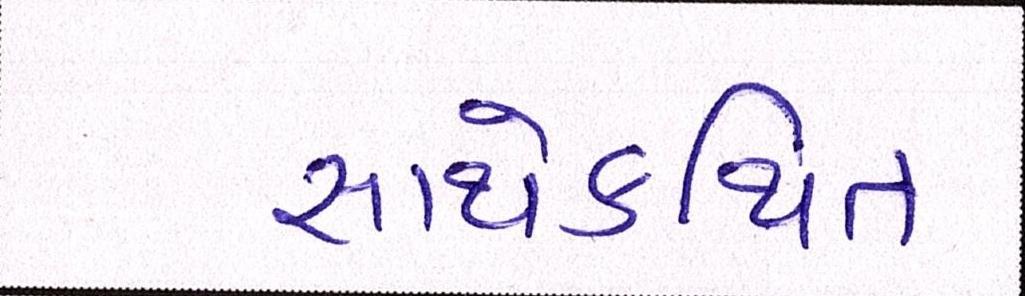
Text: સાથેકથિત